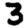
Digit: 3